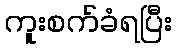
ကူးစက်ခံရပြီး